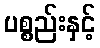
ပစ္စည်းနှင့်